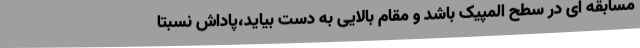
مسابقه ای در سطح المپیک باشد و مقام بالایی به دست بیاید،پاداش نسبتاً